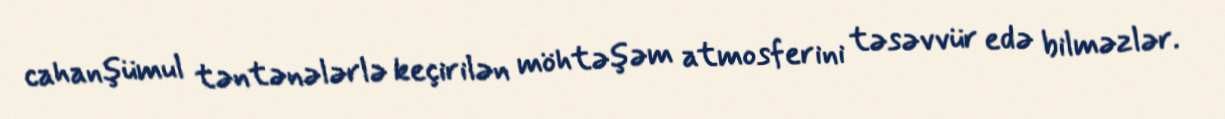
cahanşümul təntənələrlə keçirilən möhtəşəm atmosferini təsəvvür edə bilməzlər.